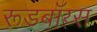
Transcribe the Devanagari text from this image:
रूडबॉय्स